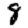
Digit: 8